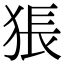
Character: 𤟔